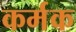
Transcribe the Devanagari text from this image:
कर्मक